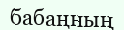
бабаңның